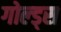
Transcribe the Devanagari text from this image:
गोल्ड्स